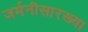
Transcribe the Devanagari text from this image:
जर्मनीसारख्या